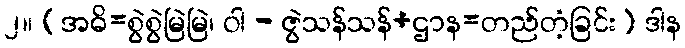
၂။ (အဓိ=စွဲစွဲမြဲမြဲ၊ ဝါ - ဇွဲသန်သန်+ဌာန=တည်တံ့ခြင်း) ဒါန